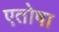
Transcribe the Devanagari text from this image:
एतोषा